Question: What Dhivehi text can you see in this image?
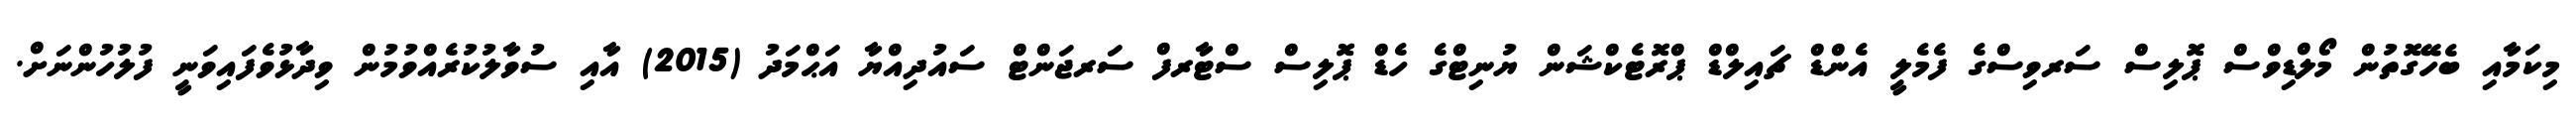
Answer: މިކަމާއި ބެހޭގޮތުން މޯލްޑިވްސް ޕޮލިސް ސަރވިސްގެ ފެމެލީ އެންޑް ޗައިލްޑް ޕްރޮޓެކްޝަން ޔުނިޓްގެ ހެޑް ޕޮލިސް ސްޓާރފް ސަރޖަންޓް ސައުދިއްޔާ އަޙްމަދު (2015) އާއި ސުވާލުކުރެއްވުމުން ވިދާޅުވެފައިވަނީ ފުލުހުންނަށް.